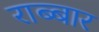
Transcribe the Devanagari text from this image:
राब्बार